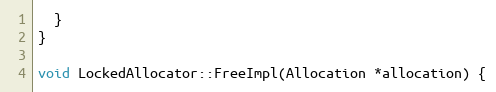
Language: C++
  }
}

void LockedAllocator::FreeImpl(Allocation *allocation) {